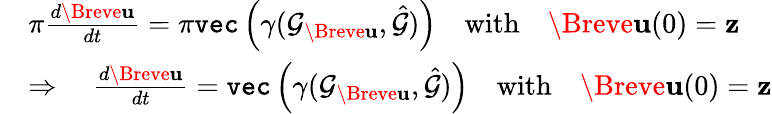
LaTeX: \begin{array}{rl}&{\pi\frac{d\Breve{\mathbf{u}}}{dt}=\pi\texttt{vec}\left(\gamma(\mathcal{G}_{\Breve{\mathbf{u}}},\hat{\mathcal{G}})\right)\quad\mathrm{with}\quad\Breve{\mathbf{u}}(0)=\mathbf{z}}\\ &{\Rightarrow\quad\frac{d\Breve{\mathbf{u}}}{dt}=\texttt{vec}\left(\gamma(\mathcal{G}_{\Breve{\mathbf{u}}},\hat{\mathcal{G}})\right)\quad\mathrm{with}\quad\Breve{\mathbf{u}}(0)=\mathbf{z}}\end{array}